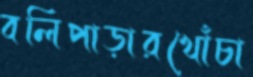
বলিপাড়ারখোঁচা